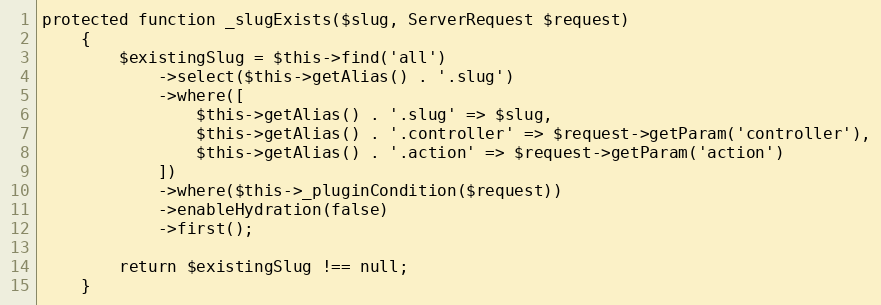
Language: PHP
protected function _slugExists($slug, ServerRequest $request)
    {
        $existingSlug = $this->find('all')
            ->select($this->getAlias() . '.slug')
            ->where([
                $this->getAlias() . '.slug' => $slug,
                $this->getAlias() . '.controller' => $request->getParam('controller'),
                $this->getAlias() . '.action' => $request->getParam('action')
            ])
            ->where($this->_pluginCondition($request))
            ->enableHydration(false)
            ->first();

        return $existingSlug !== null;
    }